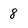
Character: 8